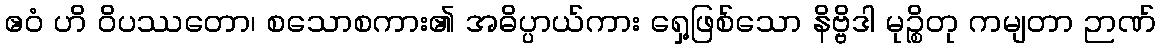
ဧဝံ ဟိ ဝိပဿတော၊ စသောစကား၏ အဓိပ္ပာယ်ကား ရှေ့ဖြစ်သော နိဗ္ဗိဒါ မုဉ္စိတု ကမျတာ ဉာဏ်